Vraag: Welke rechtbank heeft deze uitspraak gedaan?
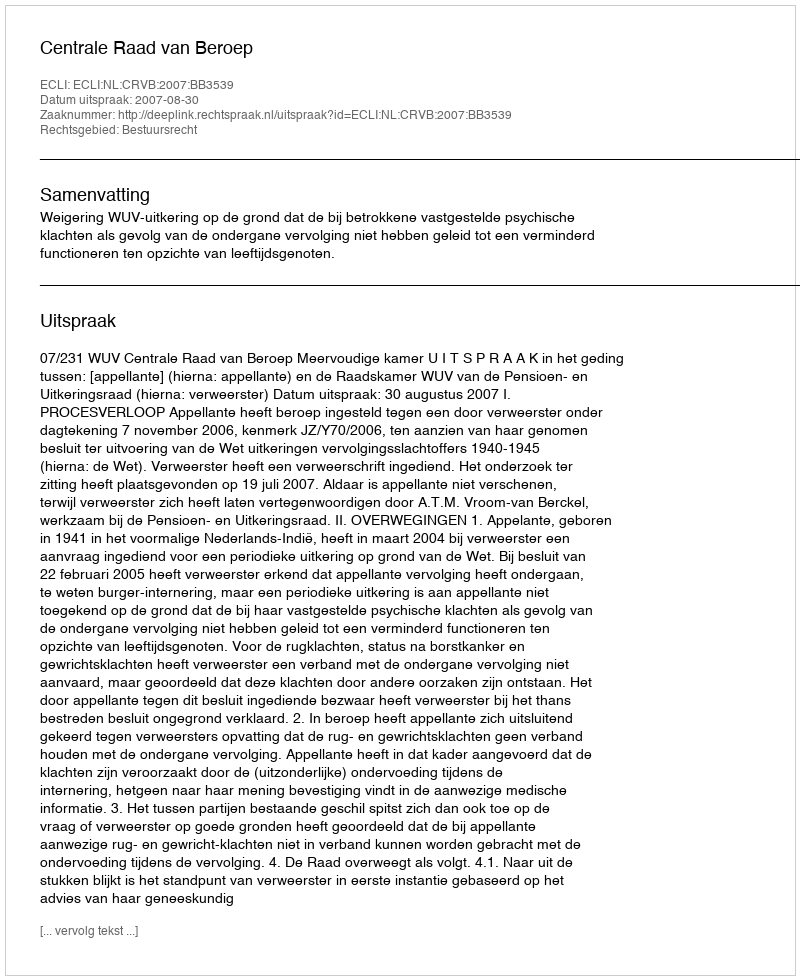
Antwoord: Centrale Raad van Beroep